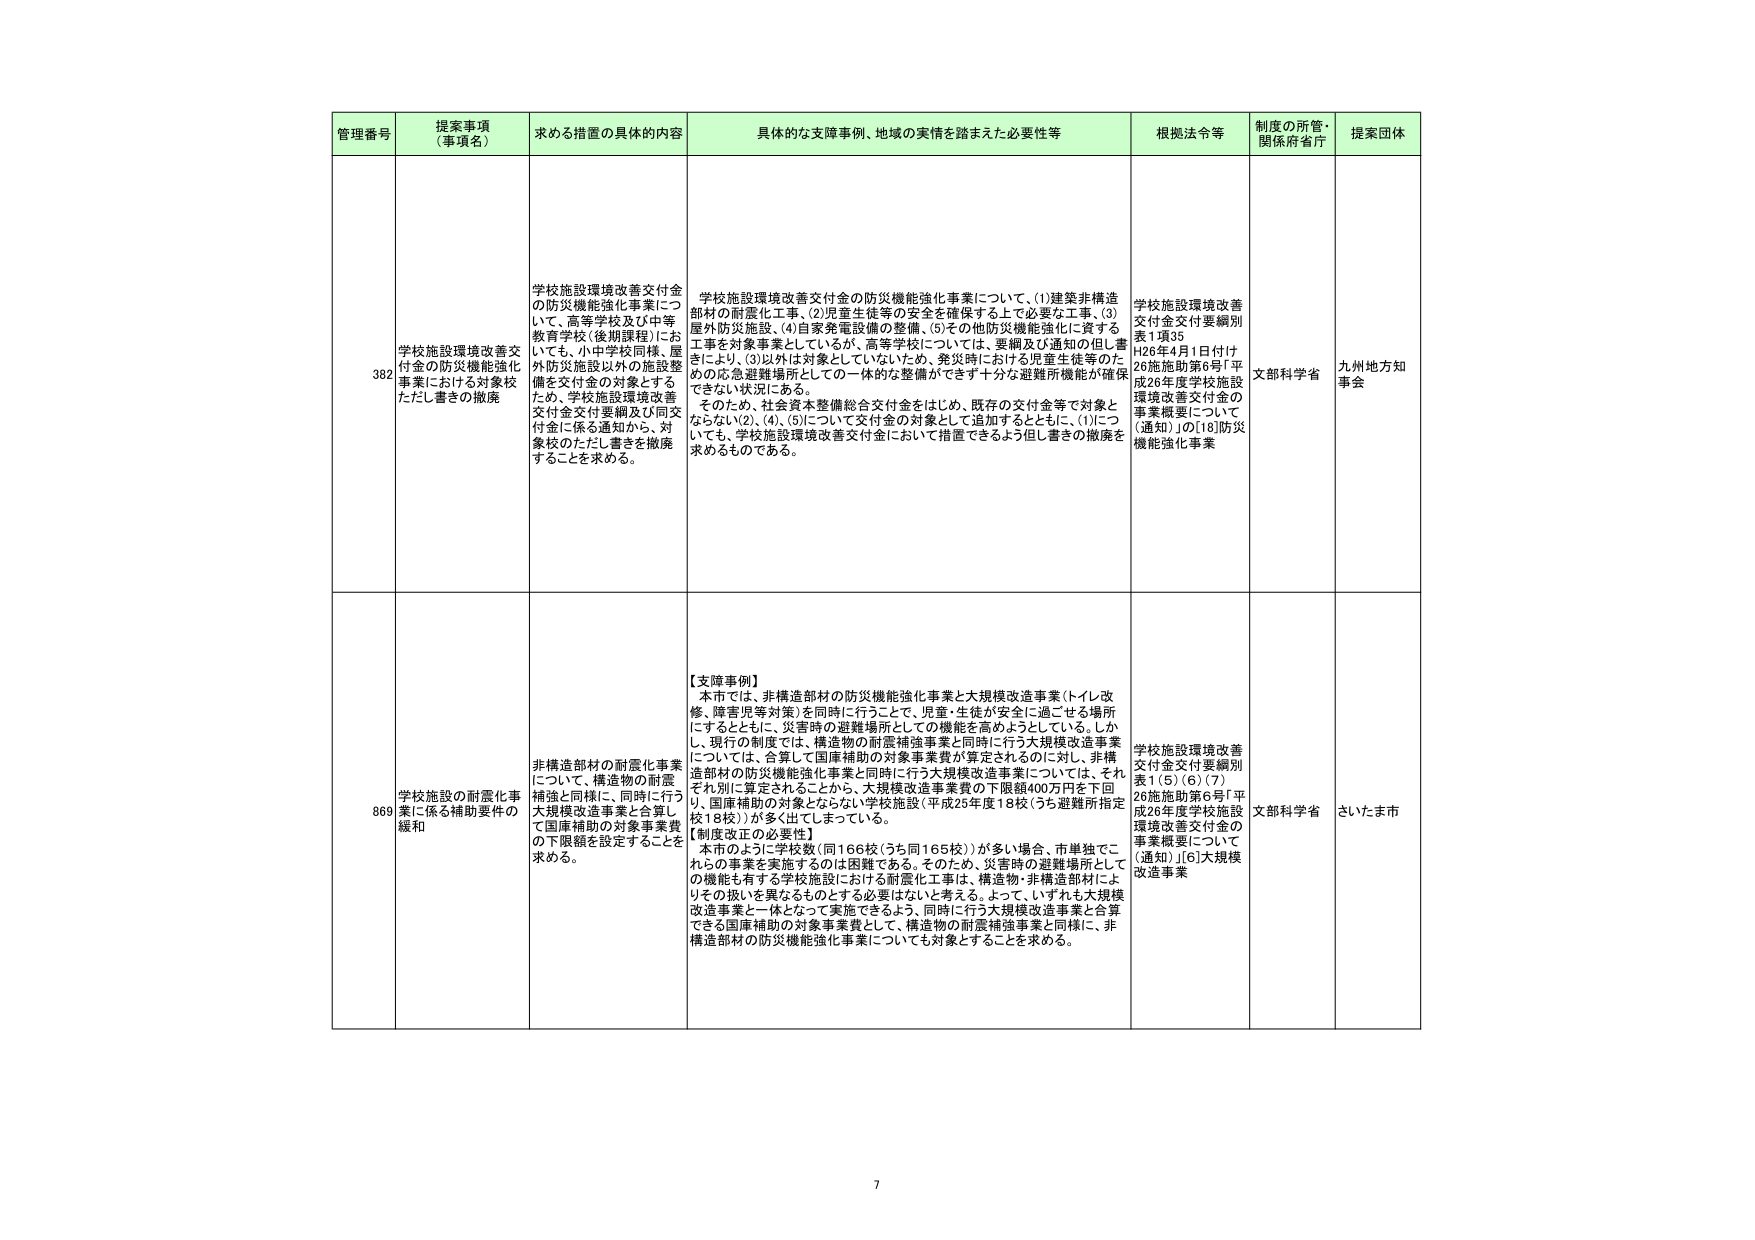
管理番号 提案事項（事項名） 求める措置の具体的内容 具体的な支障事例、地域の実情を踏まえた必要性等 根拠法令等 制度の所管・関係府省庁 提案団体

382 学校施設環境改善交付金の防災機能強化事業における対象校ただし書きの撤廃 学校施設環境改善交付金の防災機能強化事業について、高等学校及び中等教育学校（後期課程）においても、小中学校同様、屋外防災施設以外の施設整備を交付金の対象とするため、学校施設環境改善交付金交付要綱及び同交付金に係る通知から、対象校のただし書きを撤廃することを求める。 学校施設環境改善交付金の防災機能強化事業について、(1)建築非構造部材の耐震化工事、(2)児童生徒等の安全を確保する上で必要な工事、(3)屋外防災施設、(4)自家発電設備の整備、(5)その他防災機能強化に資する工事を対象事業としているが、高等学校については、要綱及び通知の但し書きにより、(3)以外は対象としていないため、発災時における児童生徒等のための応急避難場所としての一体的な整備ができず十分な避難所機能が確保できない状況にある。 そのため、社会資本整備総合交付金をはじめ、既存の交付金等で対象とならない(2)、(4)、(5)について交付金の対象として追加するとともに、(1)についても、学校施設環境改善交付金において措置できるよう但し書きの撤廃を求めるものである。 学校施設環境改善交付金交付要綱別表1項35 H26年4月1日付け26施施助第6号「平成26年度学校施設環境改善交付金の事業概要について（通知）」の[18]防災機能強化事業 文部科学省 九州地方知事会

869 学校施設の耐震化事業に係る補助要件の緩和 非構造部材の耐震化事業について、構造物の耐震補強と同様に、同時に行う大規模改造事業と合算して国庫補助の対象事業費の下限額を設定することを求める。 【支障事例】 本市では、非構造部材の防災機能強化事業と大規模改造事業（トイレ改修、障害児等対策）を同時に行うことで、児童・生徒が安全に過ごせる場所にするとともに、災害時の避難場所としての機能を高めようとしている。しかし、現行の制度では、構造物の耐震補強事業と同時に行う大規模改造事業については、合算して国庫補助の対象事業費が算定されるのに対し、非構造部材の防災機能強化事業と同時に行う大規模改造事業については、それぞれ別に算定されることから、大規模改造事業費の下限額400万円を下回り、国庫補助の対象とならない学校施設（平成25年度18校（うち避難所指定校18校））が多く出てしまっている。 【制度改正の必要性】 本市のように学校数（同166校（うち同165校））が多い場合、市単独でこれらの事業を実施するのは困難である。そのため、災害時の避難場所としての機能も有する学校施設における耐震化工事は、構造物・非構造部材によ りその扱いを異なるものとする必要はないと考える。よって、いずれも大規模改造事業と一体となって実施できるよう、同時に行う大規模改造事業と合算できる国庫補助の対象事業費として、構造物の耐震補強事業と同様に、非構造部材の防災機能強化事業についても対象とすることを求める。 学校施設環境改善交付金交付要綱別表1(5)(6)(7) 26施施助第6号「平成26年度学校施設環境改善交付金の事業概要について（通知）」[6]大規模改造事業 文部科学省 さいたま市

7